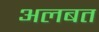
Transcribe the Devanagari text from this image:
अलबत